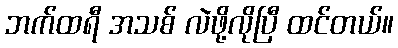
ဘက်ထရီ အသစ် လဲဖို့လိုပြီ ထင်တယ်။